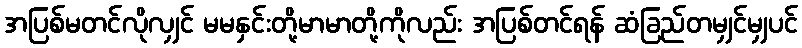
အပြစ်မတင်လိုလျှင် မမနှင်းတို့မာမာတို့ကိုလည်း အပြစ်တင်ရန် ဆံခြည်တမျှင်မျှပင်